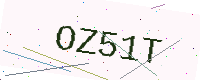
Text: OZ51T